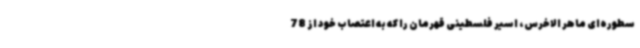
سطوره‌ای ماهر الاخرس، اسیر فلسطینی قهرمان را که به اعتصاب خود از 78